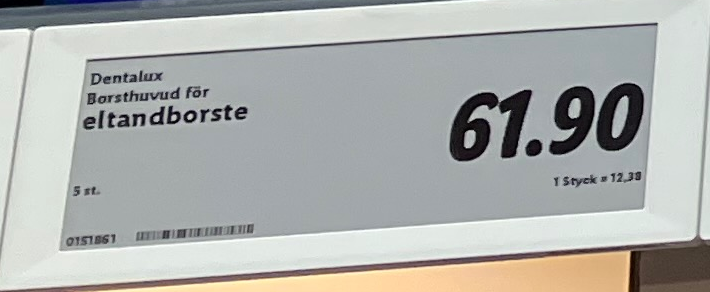
Vara: eltandborste
Genomsnittspris: 12.38 per st